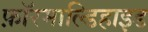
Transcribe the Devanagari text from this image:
फ़ॉरमाल्डिहाइड